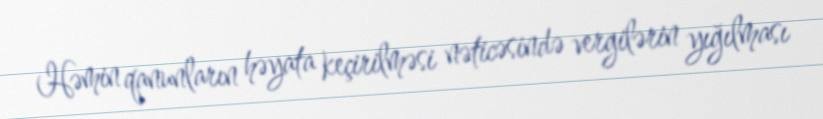
Həmin qanunların həyata keçirilməsi nəticəsində vergilərin yığılması